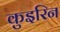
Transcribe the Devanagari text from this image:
कुइरिन